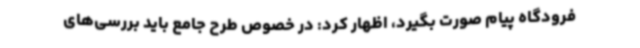
فرودگاه پیام صورت بگیرد، اظهار کرد: در خصوص طرح جامع باید بررسی‌های